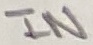
Text: IN